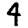
Digit: 4